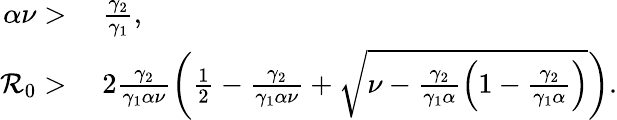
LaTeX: \begin{array}{rl}{\alpha\nu>}&{\; \frac{\gamma_{2}}{\gamma_{1}},}\\ {\mathcal{R}_{0}>}&{\; 2\frac{\gamma_{2}}{\gamma_{1}\alpha\nu}\left(\frac{1}{2}-\frac{\gamma_{2}}{\gamma_{1}\alpha\nu}+\sqrt{\nu-\frac{\gamma_{2}}{\gamma_{1}\alpha}\left(1-\frac{\gamma_{2}}{\gamma_{1}\alpha}\right)}\right).}\end{array}